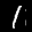
Label: 1